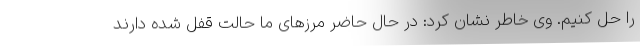
را حل کنیم. وی خاطر نشان کرد: در حال حاضر مرزهای ما حالت قفل شده دارند